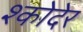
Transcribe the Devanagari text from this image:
श्कोदेर